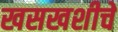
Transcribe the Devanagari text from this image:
खसखशीचे